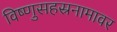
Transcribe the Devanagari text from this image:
विष्णुसहस्रनामावर